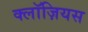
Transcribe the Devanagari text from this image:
क्लॉज़ियस